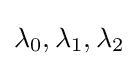
\lambda _{0},\lambda _{1},\lambda _{2}